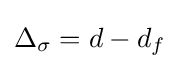
\Delta _{\sigma }=d-d_{f}\,\!